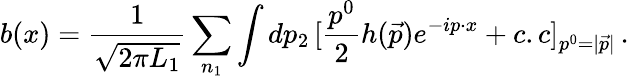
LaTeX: b(x)={\frac{1}{\sqrt{2\pi L_{1}}}}\sum_{n_{1}}\int dp_{2}\, [{\frac{p^{0}}{2}}h(\vec{p})e^{-ip\cdot x}+c.c]_{p^{0}=|\vec{p}|}\, .